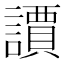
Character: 䜖